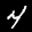
Label: 4